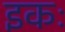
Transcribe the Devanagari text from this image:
इकः